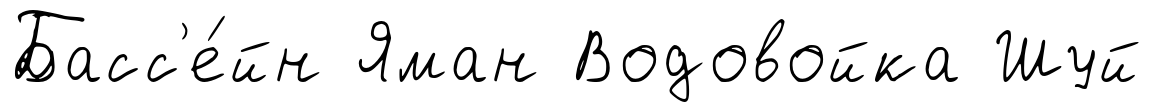
Басс'е́йн Яман Водовойка Шуй